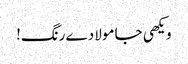
ویکھی جا مولا دے رنگ!